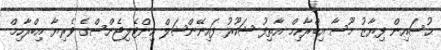
ޙުސައިން ފިޔާޒު މޫސާ އިބްރާހިމް އާތިފު ޝަކޫރު ފައިނޭންޝަލް އިންޓެލިޖެންސްގެ ވެރިޔާ އިބްރާހިމް